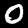
Label: 0